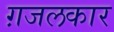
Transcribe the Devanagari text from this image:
ग़जलकार